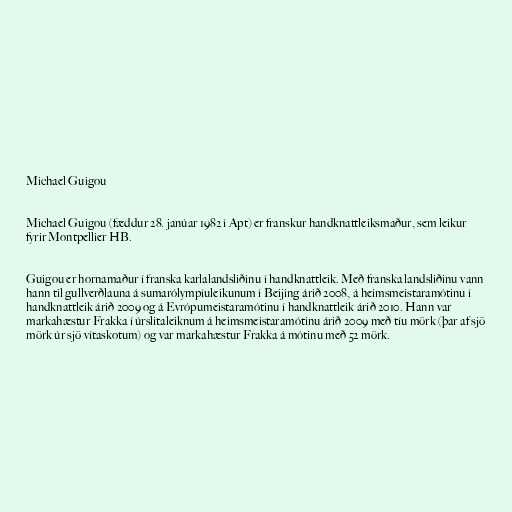
Michael Guigou

Michael Guigou (fæddur 28. janúar 1982 í Apt) er franskur handknattleiksmaður, sem leikur
fyrir Montpellier HB.

Guigou er hornamaður í franska karlalandsliðinu í handknattleik. Með franska landsliðinu vann
hann til gullverðlauna á sumarólympíuleikunum í Beijing árið 2008, á heimsmeistaramótinu í
handknattleik árið 2009 og á Evrópumeistaramótinu í handknattleik árið 2010. Hann var
markahæstur Frakka í úrslitaleiknum á heimsmeistaramótinu árið 2009 með tíu mörk (þar af sjö
mörk úr sjö vítaskotum) og var markahæstur Frakka á mótinu með 52 mörk.